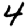
Digit: 4